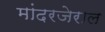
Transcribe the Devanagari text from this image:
मांदरजेराल